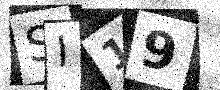
Text: SI19